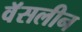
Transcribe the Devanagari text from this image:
वॅसलीन